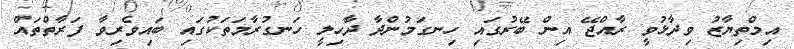
އިމްތިޔާޒު ވިދާޅުވީ ރާއްޖޭ އިން ބޭރުގައި ހިނގަމުންދާ ދާހިލީ ހަނގުރާމަތަކުގައި ބައިވެރިވާ ފަރާތްތައް